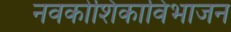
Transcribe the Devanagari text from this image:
नवकोशिकाविभाजन